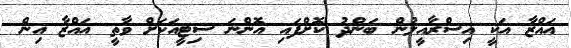
ޣައްޒާ އަކީ އިސްރާއީލުން ބަންދު ކޮށްފައި އޮންނަ ސިޓީއަކަށް ވާތީ ޣައްޒާ އިން